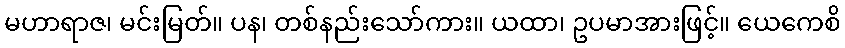
မဟာရာဇ၊ မင်းမြတ်။ ပန၊ တစ်နည်းသော်ကား။ ယထာ၊ ဥပမာအားဖြင့်။ ယေကေစိ